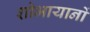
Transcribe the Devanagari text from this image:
शोभायानों